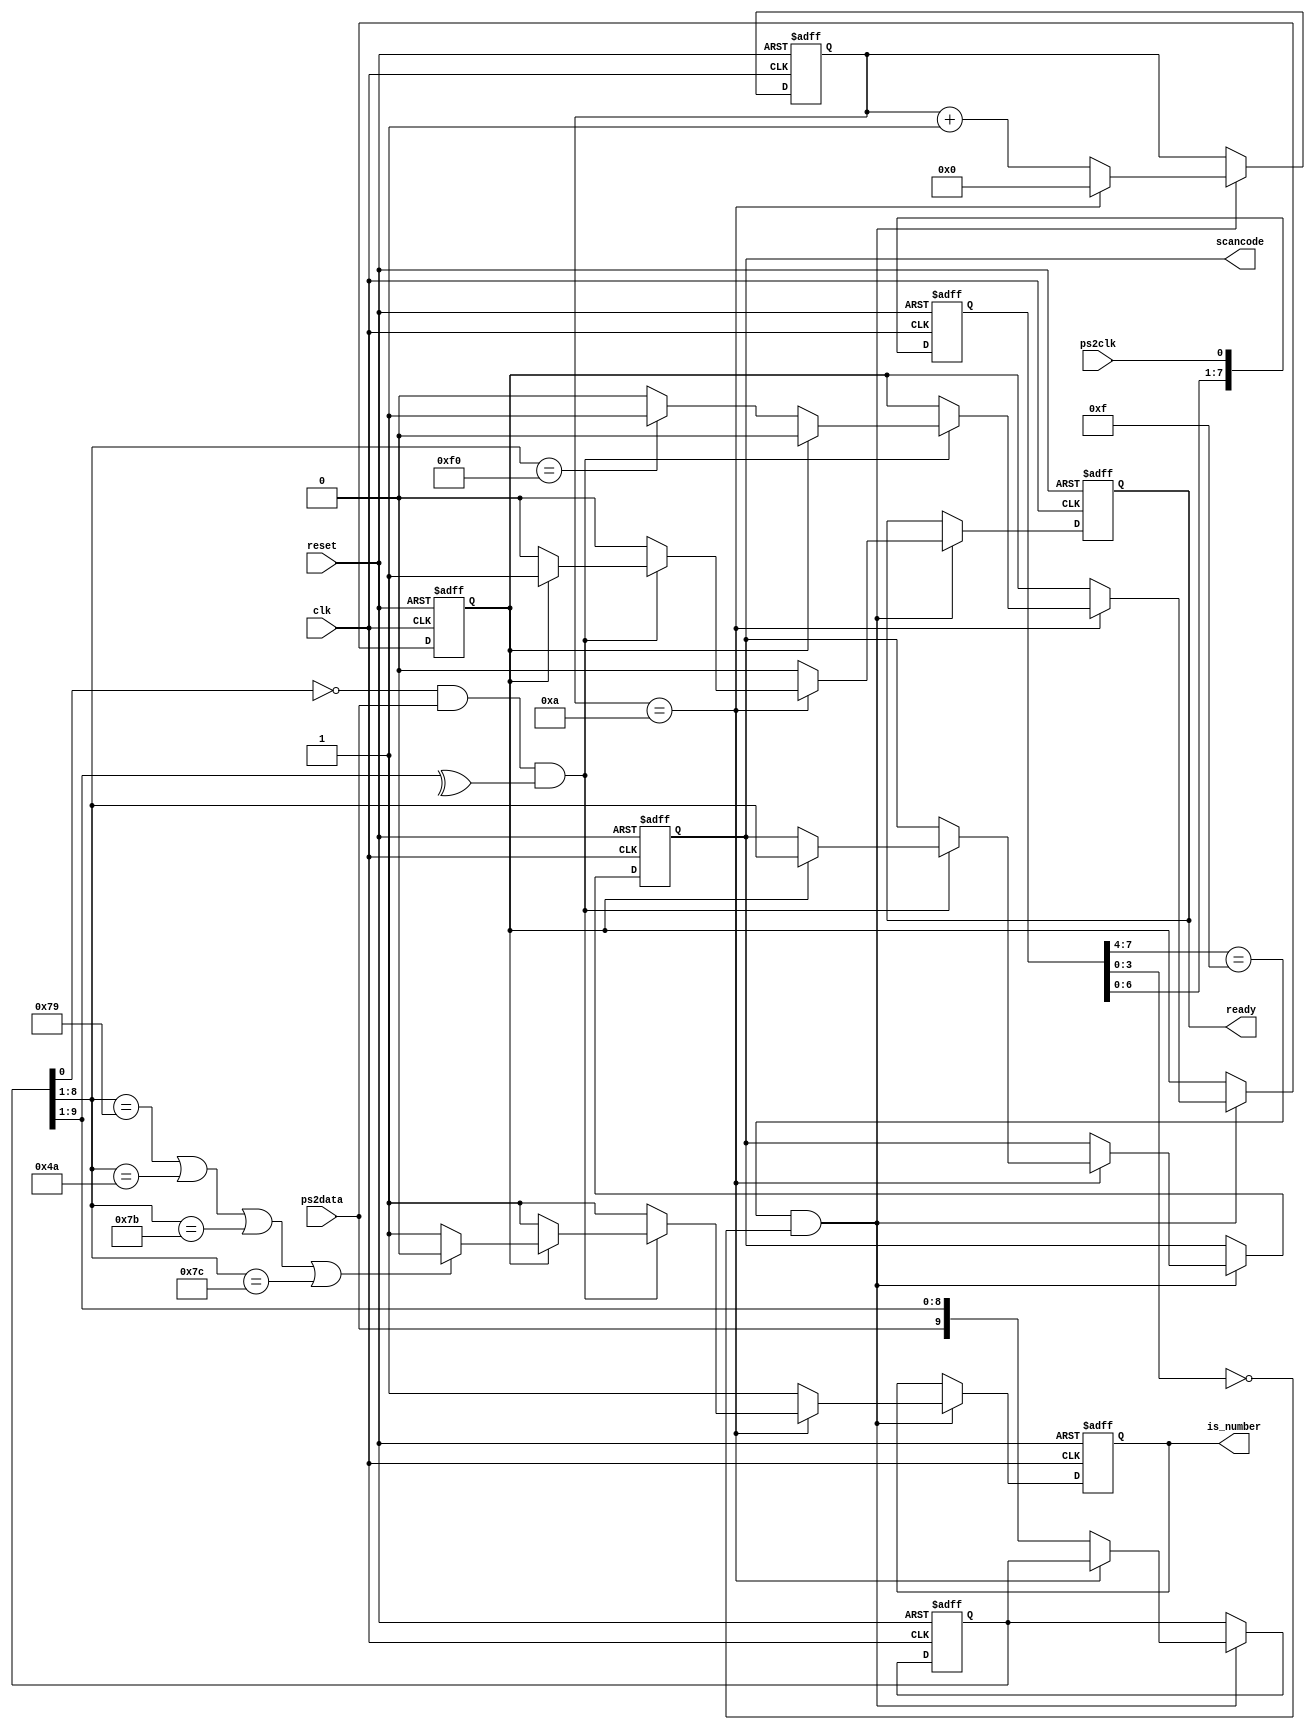
module kbd_protocol (reset, clk, ps2clk, ps2data, scancode, ready, is_number);
  input        reset, clk, ps2clk, ps2data;
  output [7:0] scancode;
  reg    [7:0] scancode;
  output reg ready;
  output reg is_number;
  
  // Synchronize ps2clk to local clock and check for falling edge;
  reg    [7:0] ps2clksamples; // Stores last 8 ps2clk samples

  always @(posedge clk or posedge reset)
    if (reset) ps2clksamples <= 8'd0;
	       else ps2clksamples <= {ps2clksamples[7:0], ps2clk};

  wire fall_edge; // indicates a falling_edge at ps2clk
  assign fall_edge = (ps2clksamples[7:4] == 4'hF) & (ps2clksamples[3:0] == 4'h0);

  reg    [9:0] shift;   // Stores a serial package, excluding the stop bit;
  reg    [3:0] cnt;     // Used to count the ps2data samples stored so far
  reg          f0;      // Used to indicate that f0 was encountered earlier
  
  // A simple FSM is implemented here. Grab a whole package,
  // check its parity validity and output it in the scancode
  // only if the previous read value of the package was F0
  // that is, we only trace when a button is released, NOT when it is
  // pressed.
  
  always @(posedge clk or posedge reset)
    if (reset) 
      begin
        cnt       <= 4'd0;
        scancode  <= 8'd0;
        shift     <= 10'd0;
        f0        <= 1'b0;
		  ready     <= 0;
		  is_number <= 1;
      end  
     else if (fall_edge)
         begin
			ready <= 0;
			is_number <= 1;
           if (cnt == 4'd10) // we just received what should be the stop bit
             begin
               cnt <= 0;
               if ((shift[0] == 0) && (ps2data == 1) && (^shift[9:1]==1)) // A well received serial packet
                 begin
                   if (f0) // following a scancode of f0. So a key is released ! 
                     begin
                       scancode <= shift[8:1];
							  if (shift[8:1] == 8'h79 | shift[8:1] == 8'h4A | shift[8:1] == 8'h7B | shift[8:1] == 8'h7C) is_number <= 0;
							  ready <= 1;
							  
                       f0 <= 0;
                     end
                    else if (shift[8:1] == 8'hF0) f0 <= 1'b1;
                 end // All other packets have to do with key presses and are ignored
             end
            else
             begin
               shift <= {ps2data, shift[9:1]}; // Shift right since LSB first is transmitted
               cnt <= cnt+1;
             end
         end
endmodule